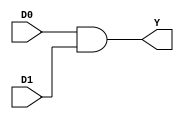
`timescale 1ns / 1ps
//////////////////////////////////////////////////////////////////////////////////
// Company: 
// Engineer: 
// 
// Design Name: 
// Module Name: and21
// Project Name: 
// Target Devices: 
// Tool Versions: 
// Description: 
// 
// Dependencies: 
// 
// Revision:
// Revision 0.01 - File Created
// Additional Comments:
// 
//////////////////////////////////////////////////////////////////////////////////


module and21(D0, D1, Y);//

    input D0;
    input D1;
    output Y;

    wire D0, D1, Y;
    assign Y = D0 & D1;

endmodule